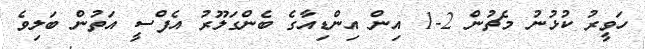
ހަވީރު ކުޅުނު މެޗުން 2-1 އިން އިންޑިއާގެ ބެންގަލޫރު އެފްސީ އަތުން ބަލިވެ